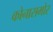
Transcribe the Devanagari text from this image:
कोनासमोर